Calcutta medical institutions reports 1879-81 [i.e.91]
Year: 1879
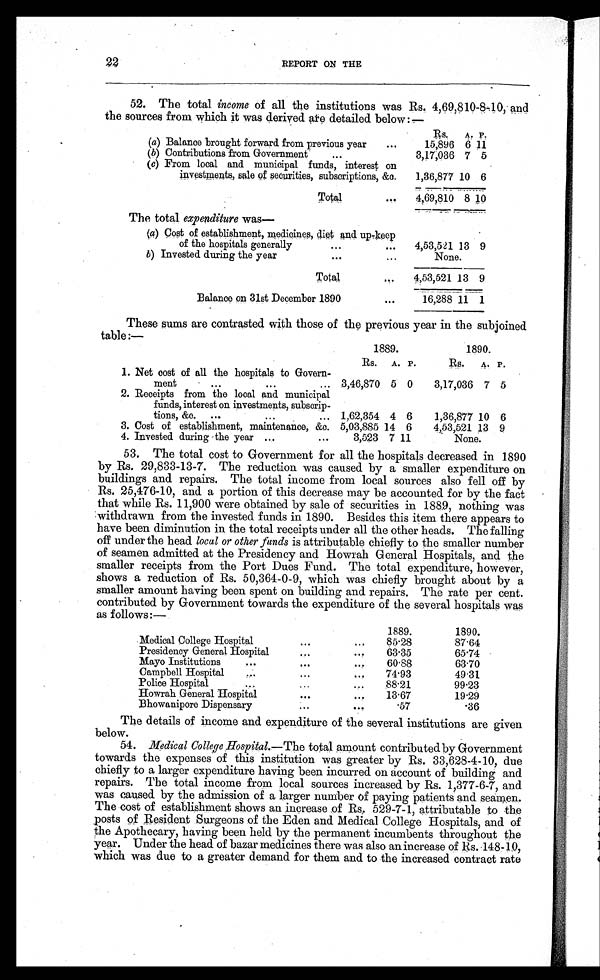
REPORT ON THE
52. The total income of all the institutions was Rs. 4,69,810-8-10, and
the sources from which it was derived are detailed below:—
Rs.
A. P.
(a) Balance brought forward from previous year
...
15,896 6 11
(b) Contributions from Government
...
3,17,036 7 5
(c) From local and municipal funds, interest on
investments, sale of securities, subscriptions, &c.
1,36,877 10 6
Total
...
4,69,810 8 10
The total expenditure was—
(a) Cost of establishment, medicines, diet an d up-keep
of the hospitals generally
...
. . .
4,53,521 13 9
b) Invested during the year
. . .
...
None.
Total
. . .
4,53,521 13 9
Balance on 31st December 1890
. . .
16,288 11 1
These sums are contrasted with those of the previous year in the subjoined
table:—
1889.
1890.
Rs. A. P.
Rs.
A. P.
1. Net cost of all the hospitals to Govern-
ment
. . .
. . .
. . .
3,46,870 5 0
3,17,036 7 5
2. Receipts from the local and municipal
funds, interest on investments, subscrip-
tions, &c.
...
. . .
...
1,62,354 4 6
1,36,877 10 6
3. Cost of establishment, maintenance, &c. 5,03,885 14 6
4,53,521 13 9
4. Invested during the year ...
...
3,523 7 11
None.
53. The total cost to Government for all the hospitals decreased in 1890
by Rs. 29,833-13-7. The reduction was caused by a smaller expenditure on
buildings and repairs. The total income from local sources also fell off by
Rs. 25,476-10, and a portion of this decrease may be accounted for by the fact
that while Rs. 11,900 were obtained by sale of securities in 1889, nothing was
withdrawn from the invested funds in 1890. Besides this item there appears to
have been diminution in the total receipts under all the other heads. The falling
off under the head local or other funds is attributable chiefly to the smaller number
of seamen admitted at the Presidency and Howrah General Hospitals, and the
smaller receipts from the Port Dues Fund. The total expenditure, however,
shows a reduction of Rs. 50,364-0-9, which was chiefly brought about by a
smaller amount having been spent on building and repairs. The rate per cent.
contributed by Government towards the expenditure of the several hospitals was
as follows:—
1889.
1890.
Medical College Hospital
. . .
. . .
85.28
87.64
Presidency General Hospital
...
. . .
63.35
65.74
Mayo Institutions
...
. . .
. . .
60.88
63.70
Campbell Hospital
. . .
. . .
. . .
74.93
49.31
Police Hospital
...
...
. . .
88.21
99.23
Howrah General Hospital
. . .
. . .
13.67
19.29
Bhowanipore Dispensary
...
. . .
.57
.36
The details of income and expenditure of the several institutions are given
below.
54. Medical College Hospital.—The total amount contributed by Government
towards the expenses of this institution was greater by Rs. 33,628-4-10, due
chiefly to a larger expenditure having been incurred on account of building and
repairs. The total income from local sources increased by Rs. 1,377-6-7, and
was caused by the admission of a larger number of paying patients and seamen.
The cost of establishment shows an increase of Rs. 529-7-1, attributable to the
posts of Resident Surgeons of the Eden and Medical College Hospitals, and of
the Apothecary, having been held by the permanent incumbents throughout the
year. Under the head of bazar medicines there was also an increase of Rs. 148-10,
which was due to a greater demand for them and to the increased contract rate